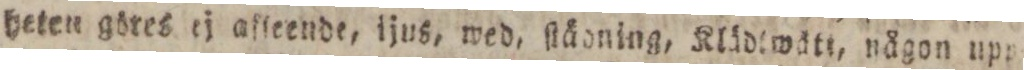
heten göres ej afteende, ijus, wed, ſtäoning, Klädtwätt, någon upp